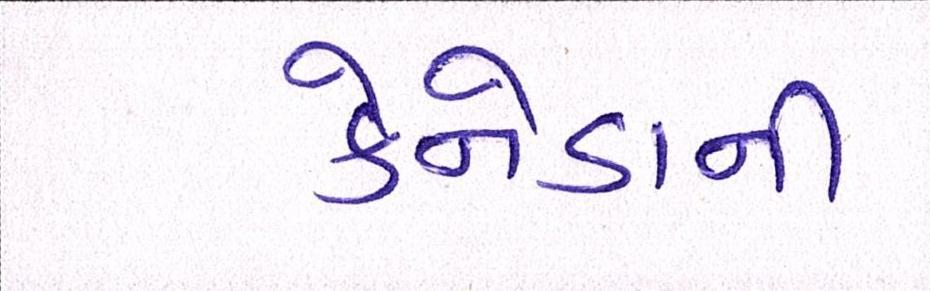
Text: કેનેડાની